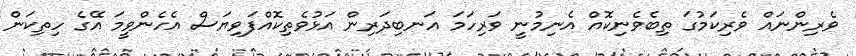
ވެރިންނައް ވެރިކަމުގަ ތިބެވެނިކޮއް އެނިމުނީ ވަރިހަމަ އަނބިދަރިން އަޅުވެތިކޮއްފަވިޔަސް އެހެންވީމަ އޭގެ ހިތިކަން